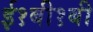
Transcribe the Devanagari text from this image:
ई१बी१बी